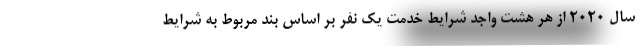
سال ۲۰۲۰ از هر هشت واجد شرایط خدمت یک نفر بر اساس بند مربوط به شرایط